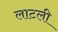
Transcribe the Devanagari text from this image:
लाटली